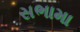
સભામા